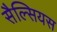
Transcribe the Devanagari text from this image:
सैल्सियस